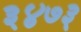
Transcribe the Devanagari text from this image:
३४७३